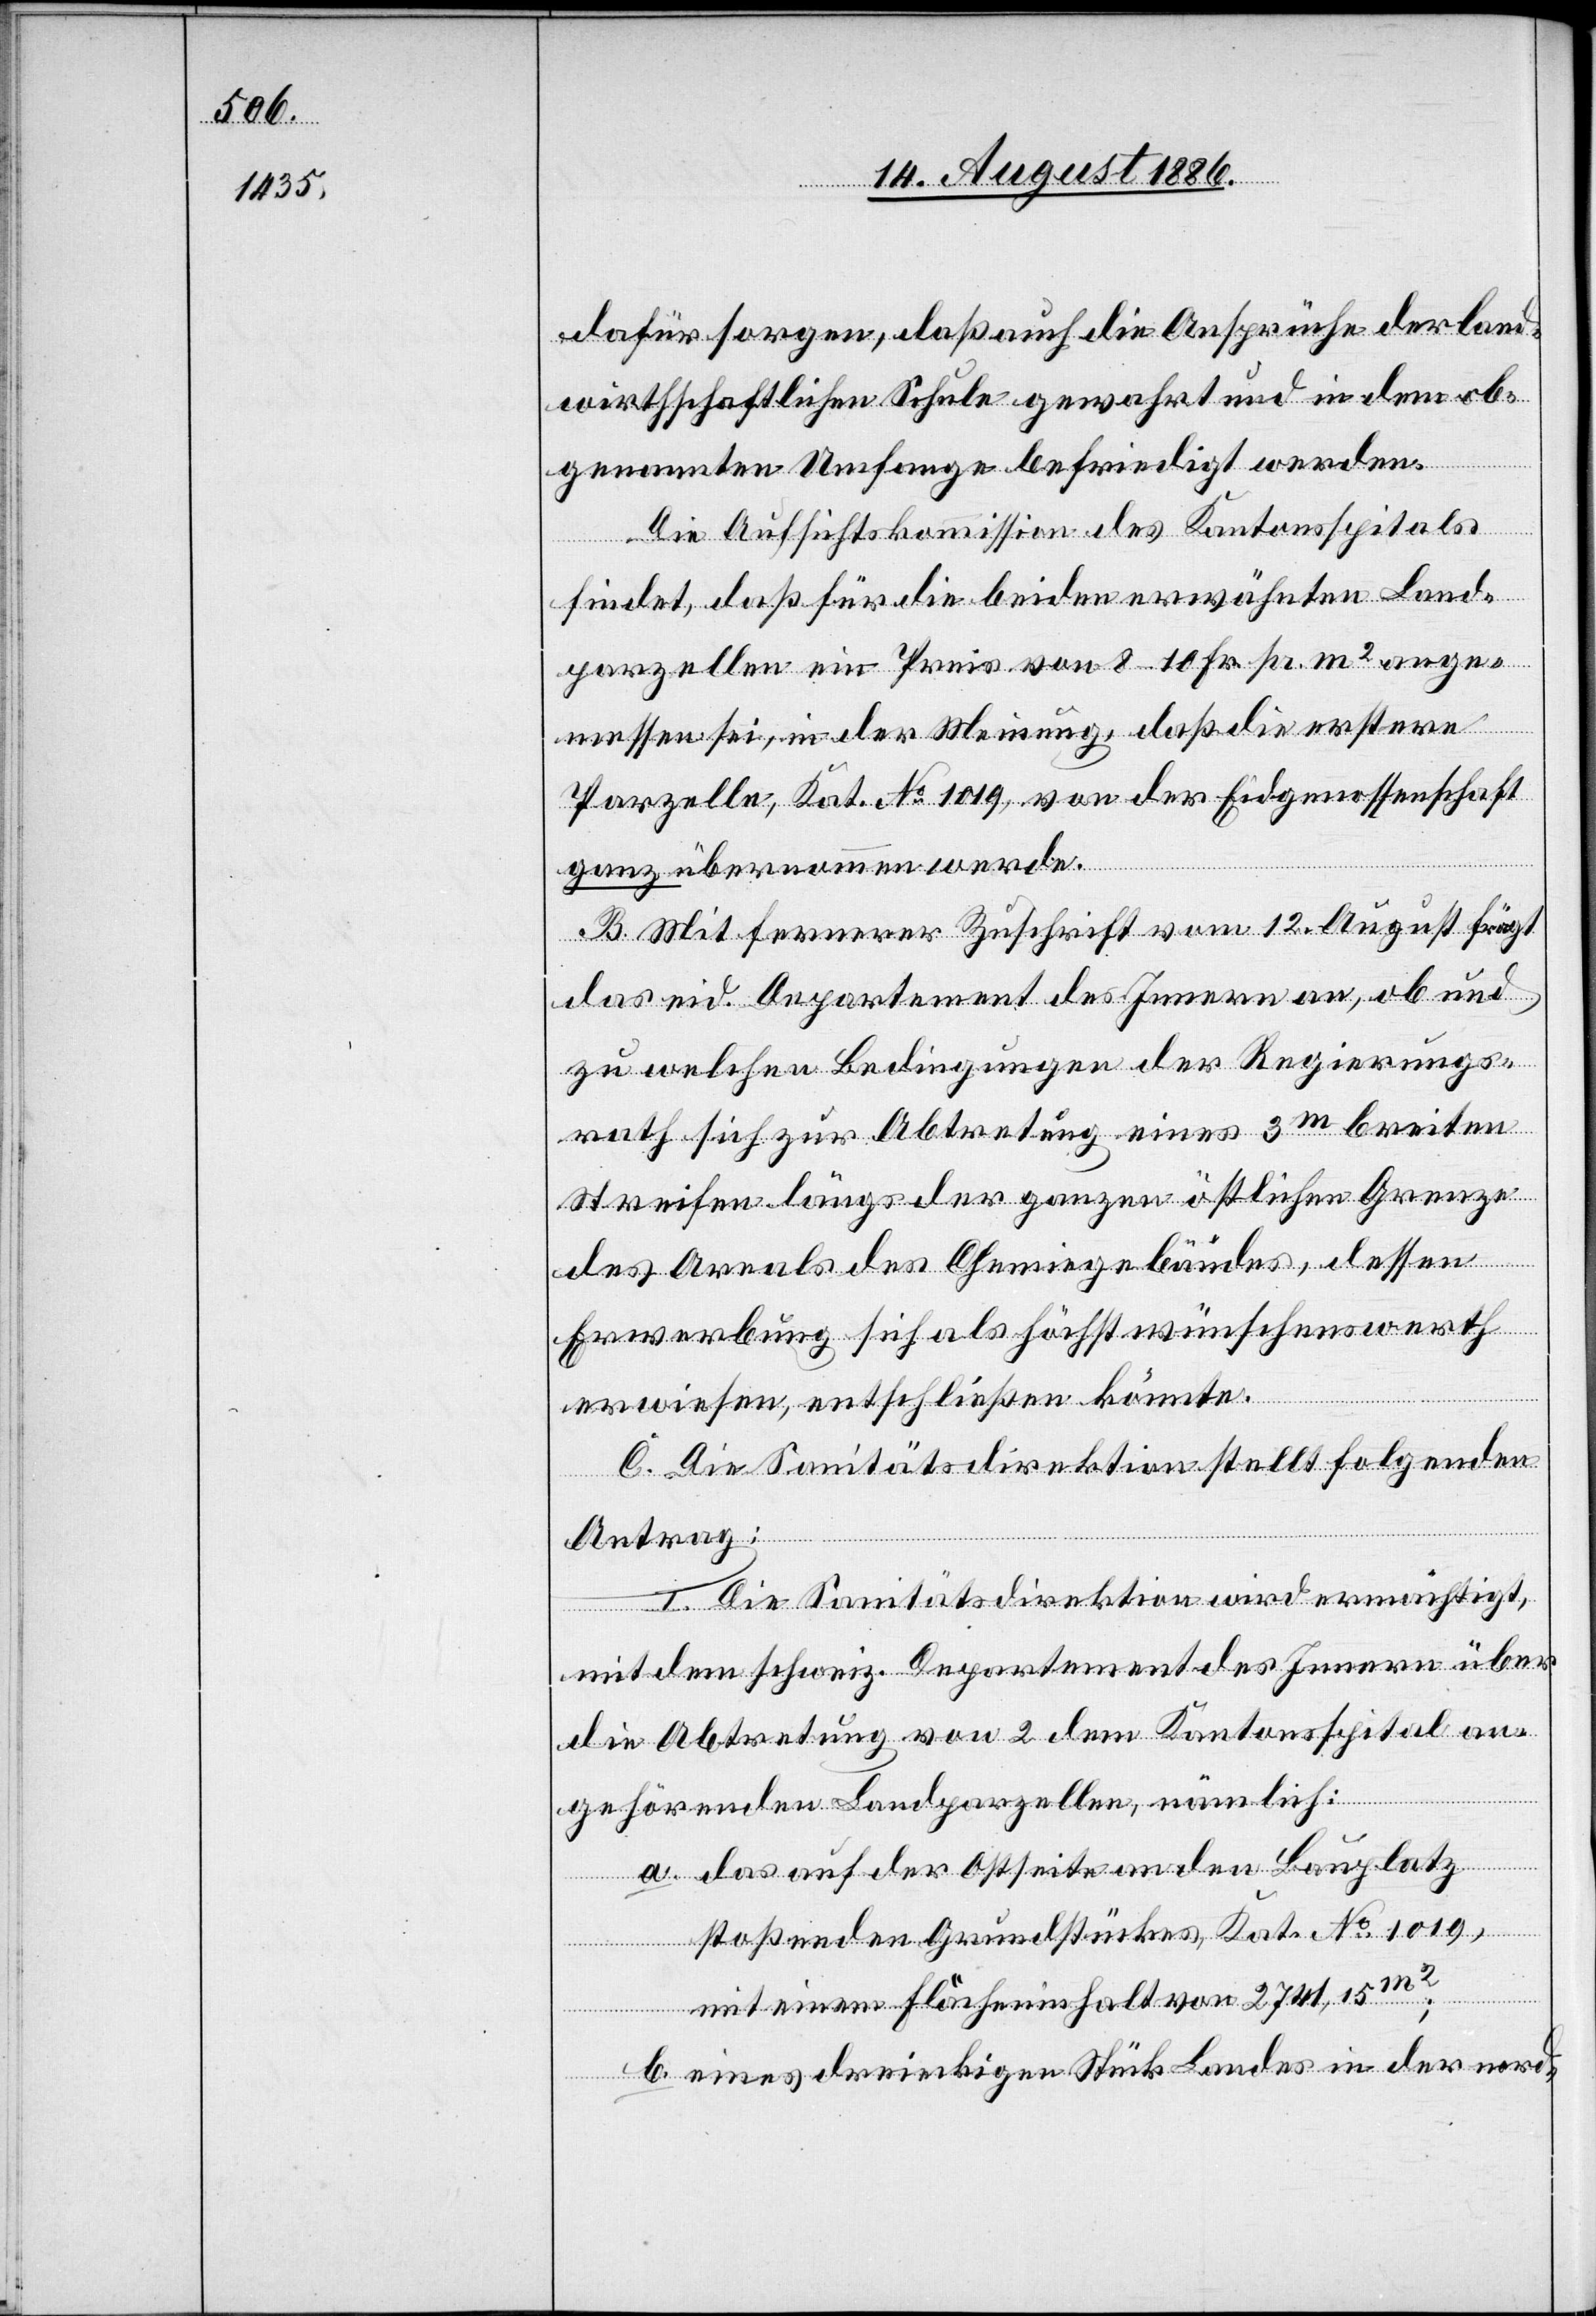
dafür sorgen, daß auch die Ansprüche der land¬
wirthschaftlichen Schule gewahrt und in dem ob¬
genannten Umfange befriedigt werden.
Die Aufsichtskommission des Kantonsspitals
findet, daß für die beiden erwähnten Land¬
parzellen ein Preis von 8–10 Fr. pr m2 ange¬
messen sei, in der Meinung, daß die erstere
Parzelle, Kat. No 1019, von der Eidgenossenschaft
ganz übernommen werde.
Mit fernerer Zuschrift vom 12. August frägt
das eid. Departement des Innern an, ob und
zu welchen Bedingungen der Regierungs¬
rath sich zur Abtretung eines 3m breiten
Streifen längs der ganzen östlichen Grenze
des Areals des Chemiegebäudes, dessen
Erwerbung sich als höchst wünschenswerth
erwiesen, entschließen könnte.
C. Die Sanitätsdirektion stellt folgenden
Antrag:
I. Die Sanitätsdirektion wird ermächtigt,
mit dem schweiz. Departement des Innern über
die Abtretung von 2 dem Kantonsspital an¬
gehörenden Landparzellen, nämlich:
[recte: des] auf der Ostseite an den Bauplatz
stoßenden Grundstückes, Kat. No 1019,
mit einem Flächeninhalt von 2741,15m2;
b. eines dreieckigen Stück Landes in der nord-